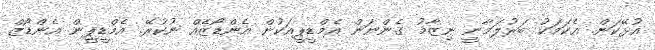
އުޅޭކަން. އެކަމަކު ބަރުލަމާނީ ނިޒާމު ގެންނަން އެމްޑީޕީއަކުން އެންޑޯޒެއް ނުކުރޭ. އެމްޑީޕީން އެންޑޯޒް